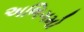
અભિગમો